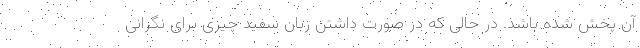
آن پخش شده باشد. در حالی که در صورت داشتن زبان سفید چیزی برای نگرانی